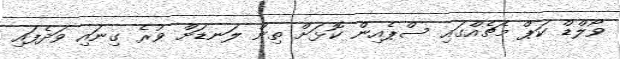
ވޯލްޑް ކަޕް މެޗެއްގައި ސްޕެއިން ކޮޅަށް ތިން ލަނޑަށް ވުރެ ގިނައި ވަދެފައި